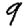
Digit: 9